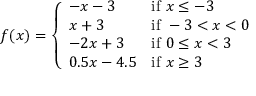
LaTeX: f ( x ) = { \left\{ \begin{array} { l l } { - x - 3 } & { { \mathrm { i f ~ } } x \leq - 3 } \\ { x + 3 } & { { \mathrm { i f ~ } } - 3 < x < 0 } \\ { - 2 x + 3 } & { { \mathrm { i f ~ } } 0 \leq x < 3 } \\ { 0 . 5 x - 4 . 5 } & { { \mathrm { i f ~ } } x \geq 3 } \end{array} \right. }